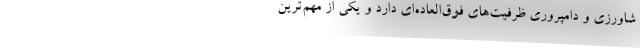
شاورزی و دامپروری ظرفیت‌های فوق‌العاده‌ای دارد و یکی از مهم‌ترین